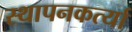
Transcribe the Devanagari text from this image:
स्थापनकर्त्या